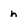
Character: n